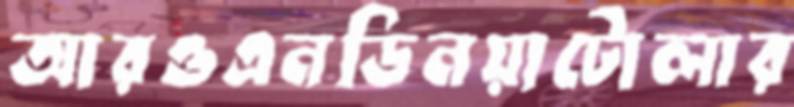
আরওএনডিনয়াটোলার